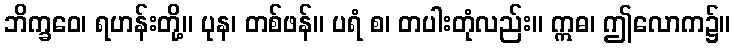
ဘိက္ခဝေ၊ ရဟန်းတို့။ ပုန၊ တစ်ဖန်။ ပရံ စ၊ တပါးတုံလည်း။ ဣဓ၊ ဤလောက၌။